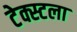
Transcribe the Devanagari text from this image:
टेक्स्टला